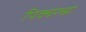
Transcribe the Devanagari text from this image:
पिक्चरच्या